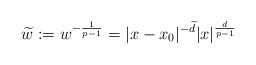
LaTeX: \begin{align*}\widetilde w:=w^{-\frac{1}{p-1}}=|x-x_0|^{-\widetilde d}|x|^{\frac{d}{p-1}}\end{align*}